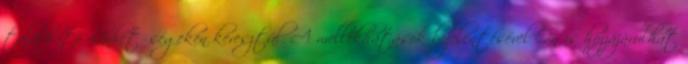
található elérhetőségeken keresztül. A mellékhatások bejelentésével Ön is hozzájárulhat